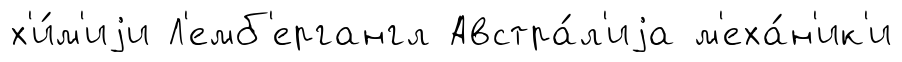
х'и́м'иjи Л'емб'ергангл Австра́л'иjа м'еха́н'ик'и